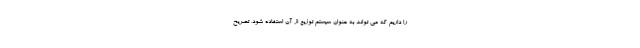
را داریم که می تواند به عنوان سیستم توزیع از آن استفاده شود، تصریح